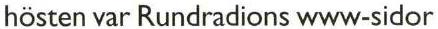
hösten var Rundradions www-sidor